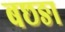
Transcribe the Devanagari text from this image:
बछङा